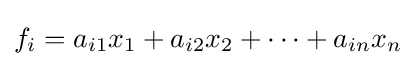
f_{i}=a_{i1}x_{1}+a_{i2}x_{2}+\cdots +a_{in}x_{n}